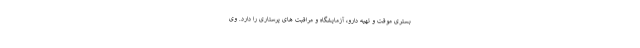
بستری موقت و تهیه دارو، آزمایشگاه و مراقبت های پرستاری را دارد. وی